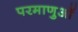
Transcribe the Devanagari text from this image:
परमाणुऑ